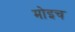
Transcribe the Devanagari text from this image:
मोइच